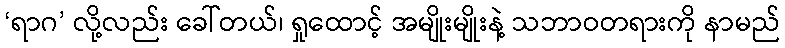
‘ရာဂ’ လို့လည်း ခေါ်တယ်၊ ရှုထောင့် အမျိုးမျိုးနဲ့ သဘာဝတရားကို နာမည်